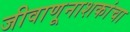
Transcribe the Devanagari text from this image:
जीवाणूनाशकांचा